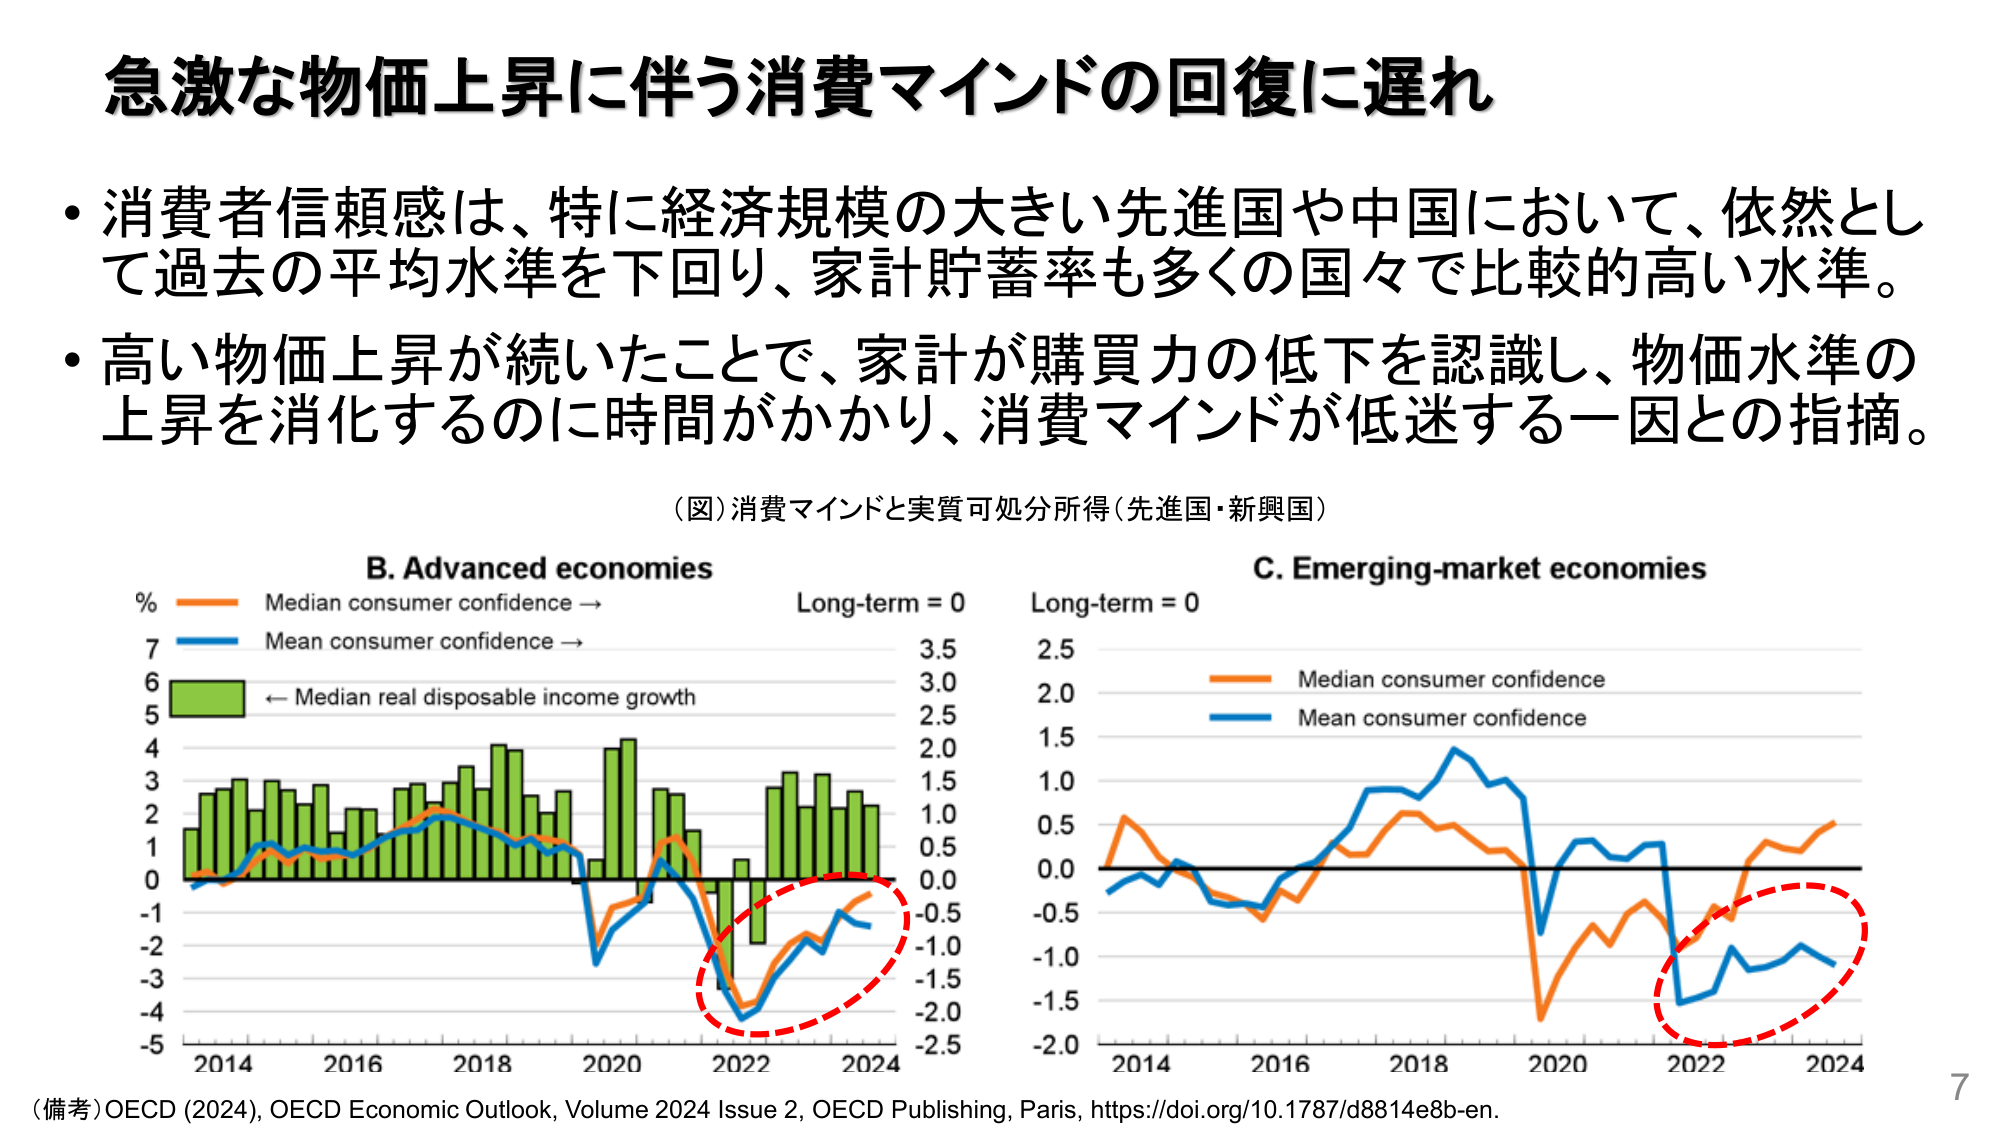
急激な物価上昇に伴う消費マインドの回復に遅れ

・消費者信頼感は、特に経済規模の大きい先進国や中国において、依然として過去の平均水準を下回り、家計貯蓄率も多くの国々で比較的高い水準。

・高い物価上昇が続いたことで、家計が購買力の低下を認識し、物価水準の上昇を消化するのに時間がかかり、消費マインドが低迷する一因との指摘。

（図）消費マインドと実質可処分所得（先進国・新興国）

B. Advanced economies
% Median consumer confidence →
Mean consumer confidence →
← Median real disposable income growth
Long-term = 0

C. Emerging-market economies
Long-term = 0
Median consumer confidence
Mean consumer confidence

2014 2016 2018 2020 2022 2024
2014 2016 2018 2020 2022 2024

（備考）OECD (2024), OECD Economic Outlook, Volume 2024 Issue 2, OECD Publishing, Paris, https://doi.org/10.1787/d8814e8b-en.

7